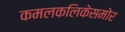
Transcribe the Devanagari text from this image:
कमलकलिकेसमोर